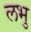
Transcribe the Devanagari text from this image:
लभु